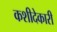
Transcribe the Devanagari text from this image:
कशीदेकारी